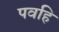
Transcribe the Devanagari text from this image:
पवहि